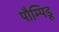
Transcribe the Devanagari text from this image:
पौम्पिडू